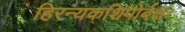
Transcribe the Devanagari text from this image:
हिरन्यकशिपोर्बक्षः